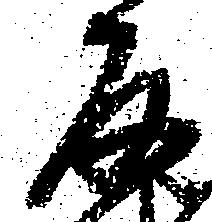
反